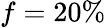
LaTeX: f=20\%